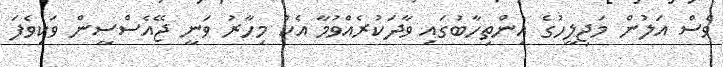
ވެސް އަލުން މަޖިލީހުގެ އިންތިހާބުގައި ވާދަކުރެއްވުމާ އެކު މިހާރު ވަނީ ޖޭއެސްސީން ވަކިވެފަ